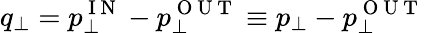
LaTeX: q_{\perp}=p_{\perp}^{\mathrm{~I~N~}}-p_{\perp}^{\mathrm{~O~U~T~}}\equiv p_{\perp}-p_{\perp}^{\mathrm{~O~U~T~}}